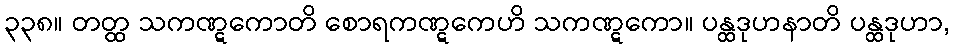
၃၃၈။ တတ္ထ သကဏ္ဋကောတိ စောရကဏ္ဋကေဟိ သကဏ္ဋကော။ ပန္ထဒုဟနာတိ ပန္ထဒုဟာ,